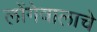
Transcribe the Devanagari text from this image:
लोंगेवालाचे